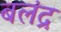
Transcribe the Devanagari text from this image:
बलंद्र